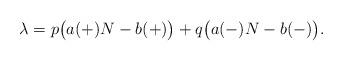
LaTeX: \begin{align*} \lambda=p\big(a(+)N-b(+)\big)+q\big(a(-)N-b(-)\big).\end{align*}